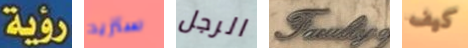
رؤية ستزيد الرجل Faculity كيف